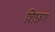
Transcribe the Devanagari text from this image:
शिछण